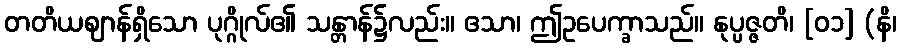
တတိယဈာန်ရှိသော ပုဂ္ဂိုလ်၏ သန္တာန်၌လည်း။ ဧသာ၊ ဤဥပေက္ခာသည်။ နုပ္ပဇ္ဇတိ၊ [၀၁] (နိ၊